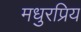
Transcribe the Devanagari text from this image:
मधुरप्रिय